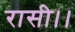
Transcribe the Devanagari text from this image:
रासी।।